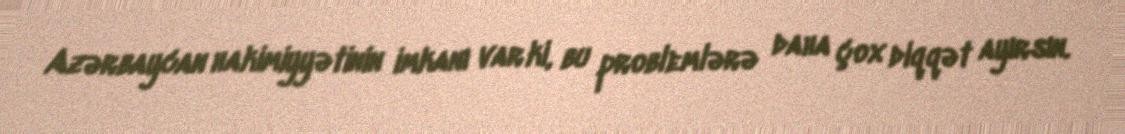
Azərbaycan hakimiyyətinin imkanı var ki, bu problemlərə daha çox diqqət ayırsın.